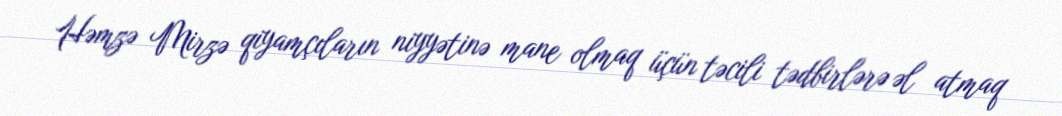
Həmzə Mirzə qiyamçıların niyyətinə mane olmaq üçün təcili tədbirlərə əl atmaq